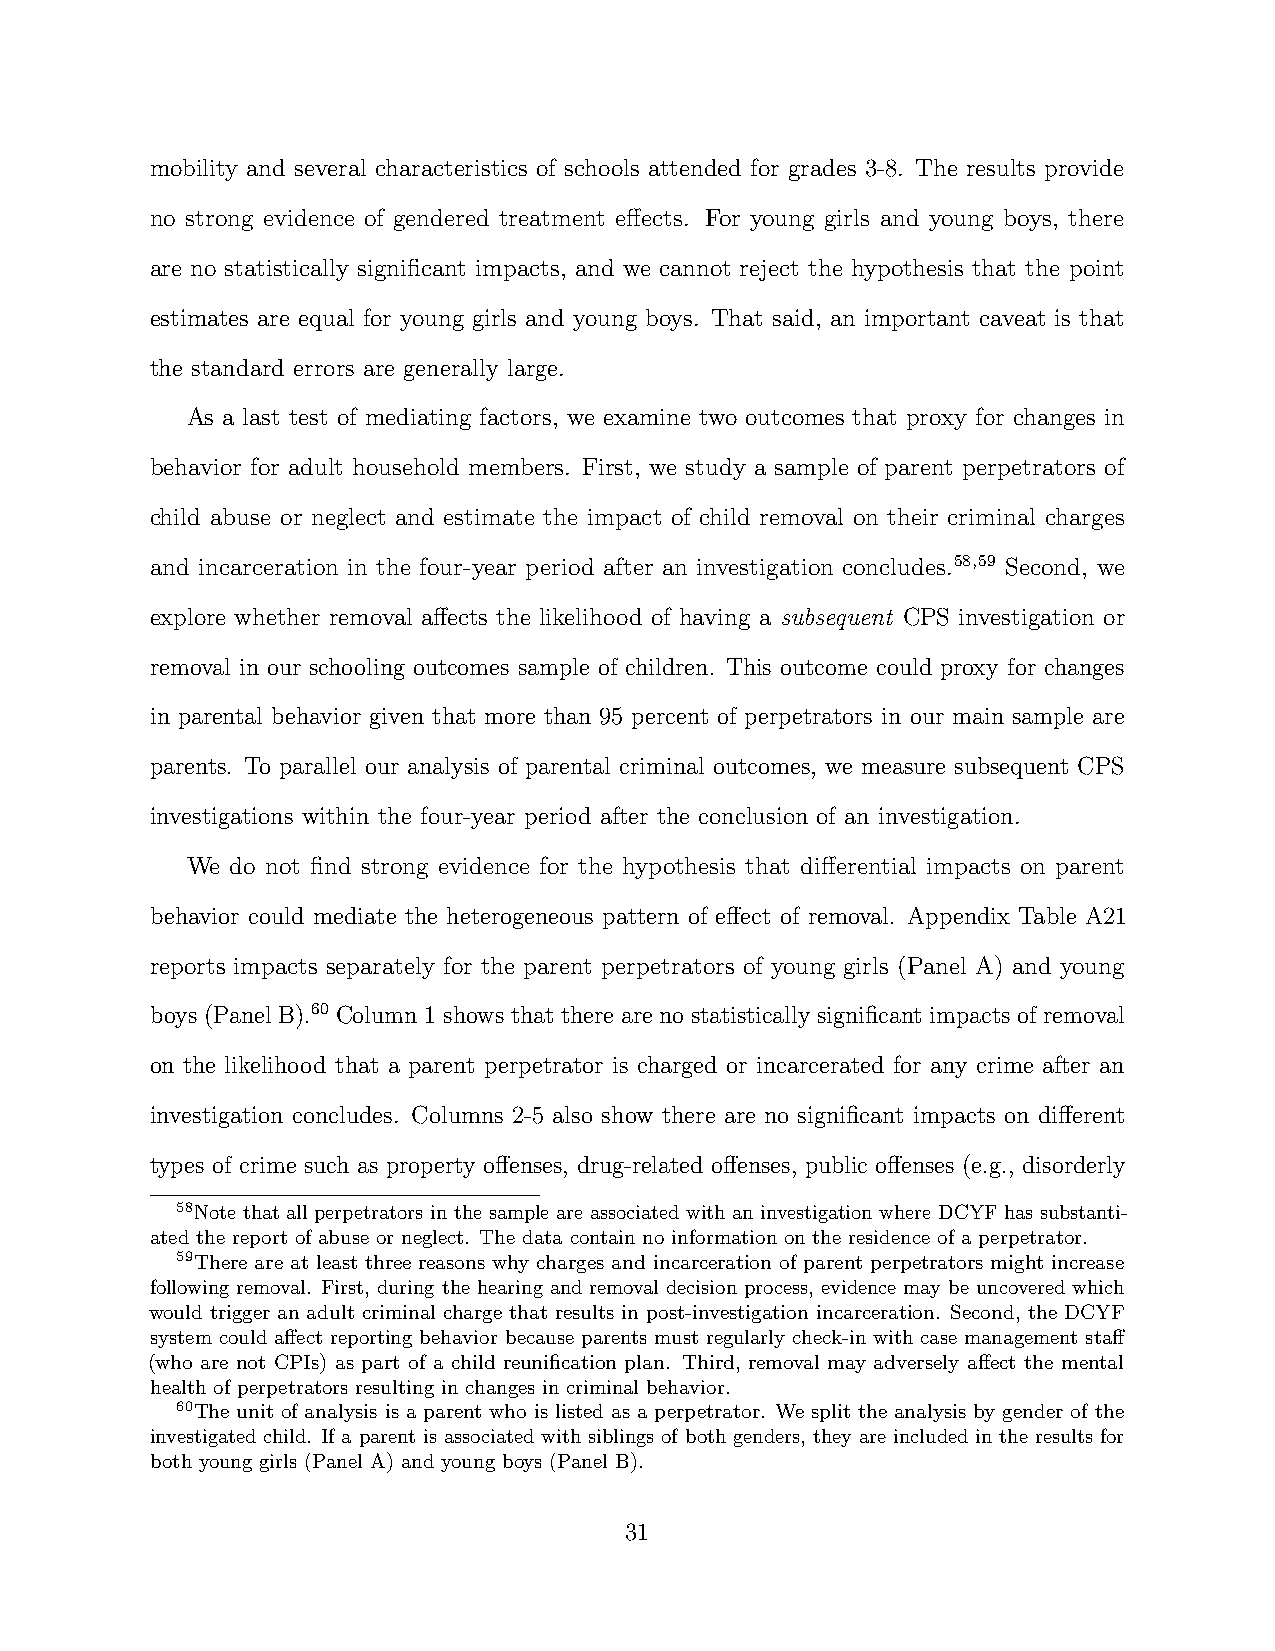
mobility and several characteristics of schools attended for grades 3-8. The results provide
 no strong evidence of gendered treatment effects. For young girls and young boys, there
 are no statistically significant impacts, and we cannot reject the hypothesis that the point
 estimates are equal for young girls and young boys. That said, an important caveat is that
 the standard errors are generally large.
 As a last test of mediating factors, we examine two outcomes that proxy for changes in
 behavior for adult household members. First, we study a sample of parent perpetrators of
 child abuse or neglect and estimate the impact of child removal on their criminal charges
 and incarceration in the four-year period after an investigation concludes.58,59 Second, we
 explore whether removal affects the likelihood of having a subsequent CPS investigation or
 removal in our schooling outcomes sample of children. This outcome could proxy for changes
 in parental behavior given that more than 95 percent of perpetrators in our main sample are
 parents. To parallel our analysis of parental criminal outcomes, we measure subsequent CPS
 investigations within the four-year period after the conclusion of an investigation.
 We do not find strong evidence for the hypothesis that differential impacts on parent
 behavior could mediate the heterogeneous pattern of effect of removal. Appendix Table A21
 reports impacts separately for the parent perpetrators of young girls (Panel A) and young
 boys (Panel B).60 Column 1 shows that there are no statistically significant impacts of removal
 on the likelihood that a parent perpetrator is charged or incarcerated for any crime after an
 investigation concludes. Columns 2-5 also show there are no significant impacts on different
 types of crime such as property offenses, drug-related offenses, public offenses (e.g., disorderly
 58Note that all perpetrators in the sample are associated with an investigation where DCYF has substanti-
 ated the report of abuse or neglect. The data contain no information on the residence of a perpetrator.
 59There are at least three reasons why charges and incarceration of parent perpetrators might increase
 following removal. First, during the hearing and removal decision process, evidence may be uncovered which
 would trigger an adult criminal charge that results in post-investigation incarceration. Second, the DCYF
 system could affect reporting behavior because parents must regularly check-in with case management staff
 (who are not CPIs) as part of a child reunification plan. Third, removal may adversely affect the mental
 health of perpetrators resulting in changes in criminal behavior.
 60The unit of analysis is a parent who is listed as a perpetrator. We split the analysis by gender of the
 investigated child. If a parent is associated with siblings of both genders, they are included in the results for
 both young girls (Panel A) and young boys (Panel B).
 31